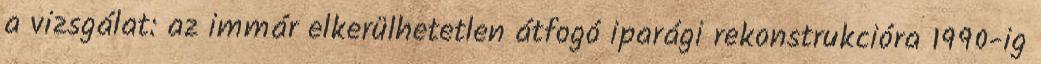
a vizsgálat: az immár elkerülhetetlen átfogó iparági rekonstrukcióra 1990-ig